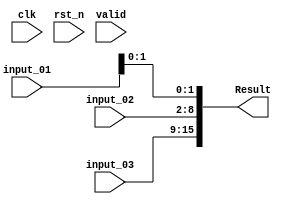
module LFSR_manager (
    input clk,
    input rst_n,
    input valid,

    input [6:0] input_01,
    input [6:0] input_02,
    input [6:0] input_03,

    output [15:0] Result
);

assign Result = {input_03[6:0] , input_02[6:0] , input_01[1:0]};

endmodule